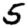
Digit: 5